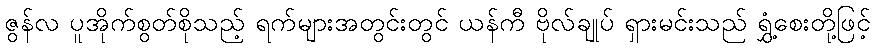
ဇွန်လ ပူအိုက်စွတ်စိုသည့် ရက်များအတွင်းတွင် ယန်ကီ ဗိုလ်ချုပ် ရှားမင်းသည် ရွှံ့စေးတို့ဖြင့်